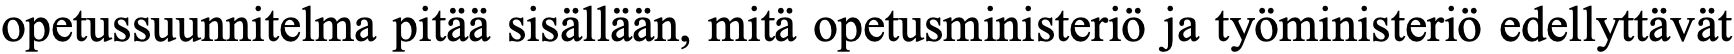
opetussuunnitelma pitää sisällään, mitä opetusministeriö ja työministeriö edellyttävät